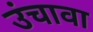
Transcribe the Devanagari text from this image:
उंचावा